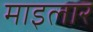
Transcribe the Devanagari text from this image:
माइलार